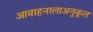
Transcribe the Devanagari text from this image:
आवाहनालाअनुकूल